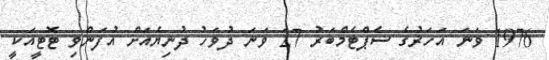
1976 ވަނަ އަހަރުގެ ސެޕްޓެމްބަރު 27 ވަނަ ދުވަހު ދުނިޔެއަށް އުފަންވި ޓޮޓީއަކީ